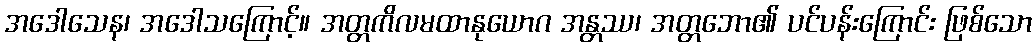
အဒေါသေန၊ အဒေါသကြောင့်။ အတ္တကိလမထာနုယောဂ အန္တဿ၊ အတ္တဘော၏ ပင်ပန်းကြောင်း ဖြစ်သော